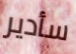
سأدير